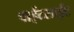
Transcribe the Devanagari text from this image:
वाईटसाईट